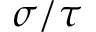
\sigma / \tau